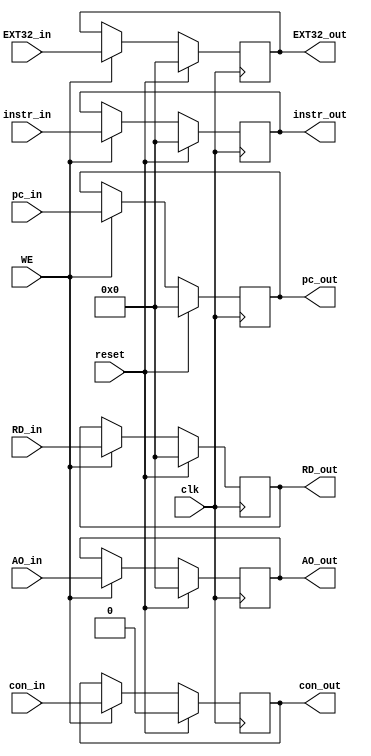
`timescale 1ns / 1ps
//////////////////////////////////////////////////////////////////////////////////
// Company: 
// Engineer: 
// 
// Design Name: 
// Module Name:    W_REG 
// Project Name: 
// Target Devices: 
// Tool versions: 
// Description: 
//
// Dependencies: 
//
// Revision: 
// Revision 0.01 - File Created
// Additional Comments: 
//
//////////////////////////////////////////////////////////////////////////////////
module W_REG(
    input clk,
    input reset,
    input WE,
    input [31:0] instr_in,
    input [31:0] pc_in,
    input [31:0] EXT32_in,
    input [31:0] AO_in,
    input [31:0] RD_in,
    input con_in,
    output [31:0] instr_out,
    output [31:0] pc_out,
    output [31:0] EXT32_out,
    output [31:0] AO_out,
    output [31:0] RD_out,
    output con_out
    );
    
    reg [31:0] instr;
    reg [31:0] pc;
    reg [31:0] EXT32;
    reg [31:0] AO;
    reg [31:0] RD;
    reg con;
    
    assign instr_out = instr;
    assign pc_out = pc;
    assign EXT32_out = EXT32;
    assign AO_out = AO;
    assign RD_out = RD;
    assign con_out = con;
    
    always @(posedge clk) begin
        if(reset) begin
            instr <= 0;
            pc <= 0;
            EXT32 <= 0;
            AO <= 0;
            RD <= 0;
            con <= 0;
        end
        else if(WE) begin
            instr <= instr_in;
            pc <= pc_in;
            EXT32 <= EXT32_in;
            AO <= AO_in;
            RD <= RD_in;
            con <= con_in;
        end
    end


endmodule